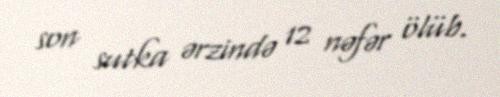
son sutka ərzində 12 nəfər ölüb.